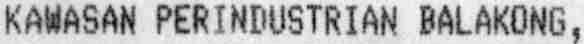
KAWASAN PERINDUSTRIAN BALAKONG,